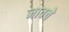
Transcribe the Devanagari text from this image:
नावचे